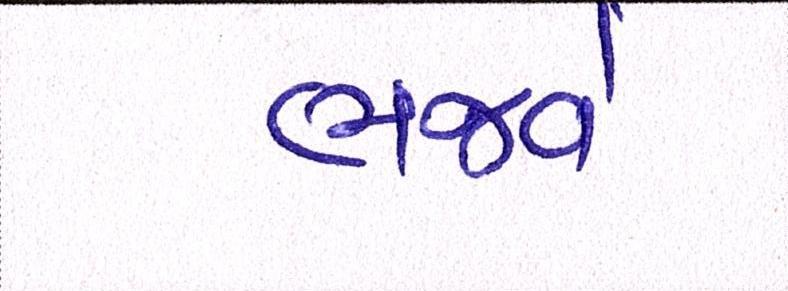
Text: ભજવે